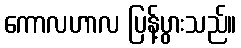
ကောလဟာလ ပြန့်ပွားသည်။